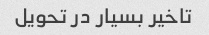
تاخیر بسیار در تحویل